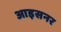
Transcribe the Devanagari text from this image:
आइसनर